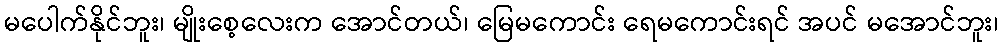
မပေါက်နိုင်ဘူး၊ မျိုးစေ့လေးက အောင်တယ်၊ မြေမကောင်း ရေမကောင်းရင် အပင် မအောင်ဘူး၊